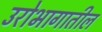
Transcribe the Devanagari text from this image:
उरोभागातील